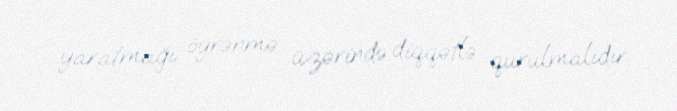
yaratmağı öyrənmə üzərində diqqətlə qurulmalıdır.